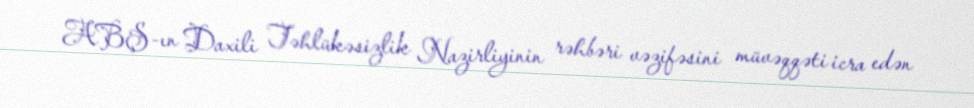
ABŞ-ın Daxili Təhlükəsizlik Nazirliyinin rəhbəri vəzifəsini müvəqqəti icra edən